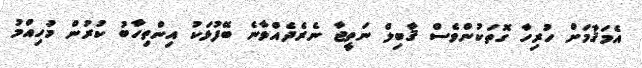
އެމަޤާމަށް ހުރިހާ ގޮތަކުންވެސް ޤާބިލް ނަތީޖާ ނެރެދެއްވާނެ ބޭފުޅަކު އިންތިހާބު ކުރުން މުހިއްމު